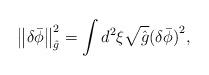
LaTeX: \begin{align*}\left\|\delta{\bar{\phi}}\right\|^2_{\hat{g}}=\int{d^2}\xi\sqrt{\hat{g}}{{(\delta{\bar{\phi}})}^2},\end{align*}